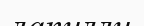
лапилли